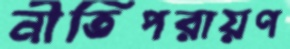
নীতিপরায়ণ